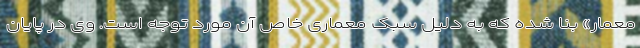
معمار» بنا شده که به دلیل سبک معماری خاص آن مورد توجه است. وی در پایان